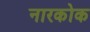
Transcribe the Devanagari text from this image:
नारकोक